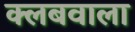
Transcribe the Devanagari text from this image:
क्लबवाला